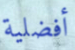
أفضلية